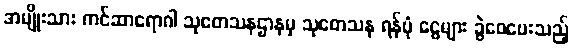
အမျိုးသား ကင်ဆာရောဂါ သုတေသနဌာနမှ သုတေသန ရန်ပုံ ငွေများ ခွဲဝေပေးသည့်